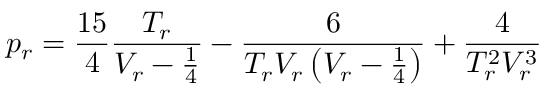
p _ { r } = { \frac { 1 5 } { 4 } } { \frac { T _ { r } } { V _ { r } - { \frac { 1 } { 4 } } } } - { \frac { 6 } { T _ { r } V _ { r } \left( V _ { r } - { \frac { 1 } { 4 } } \right) } } + { \frac { 4 } { T _ { r } ^ { 2 } V _ { r } ^ { 3 } } }